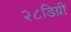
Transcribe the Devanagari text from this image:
२८डिग्री